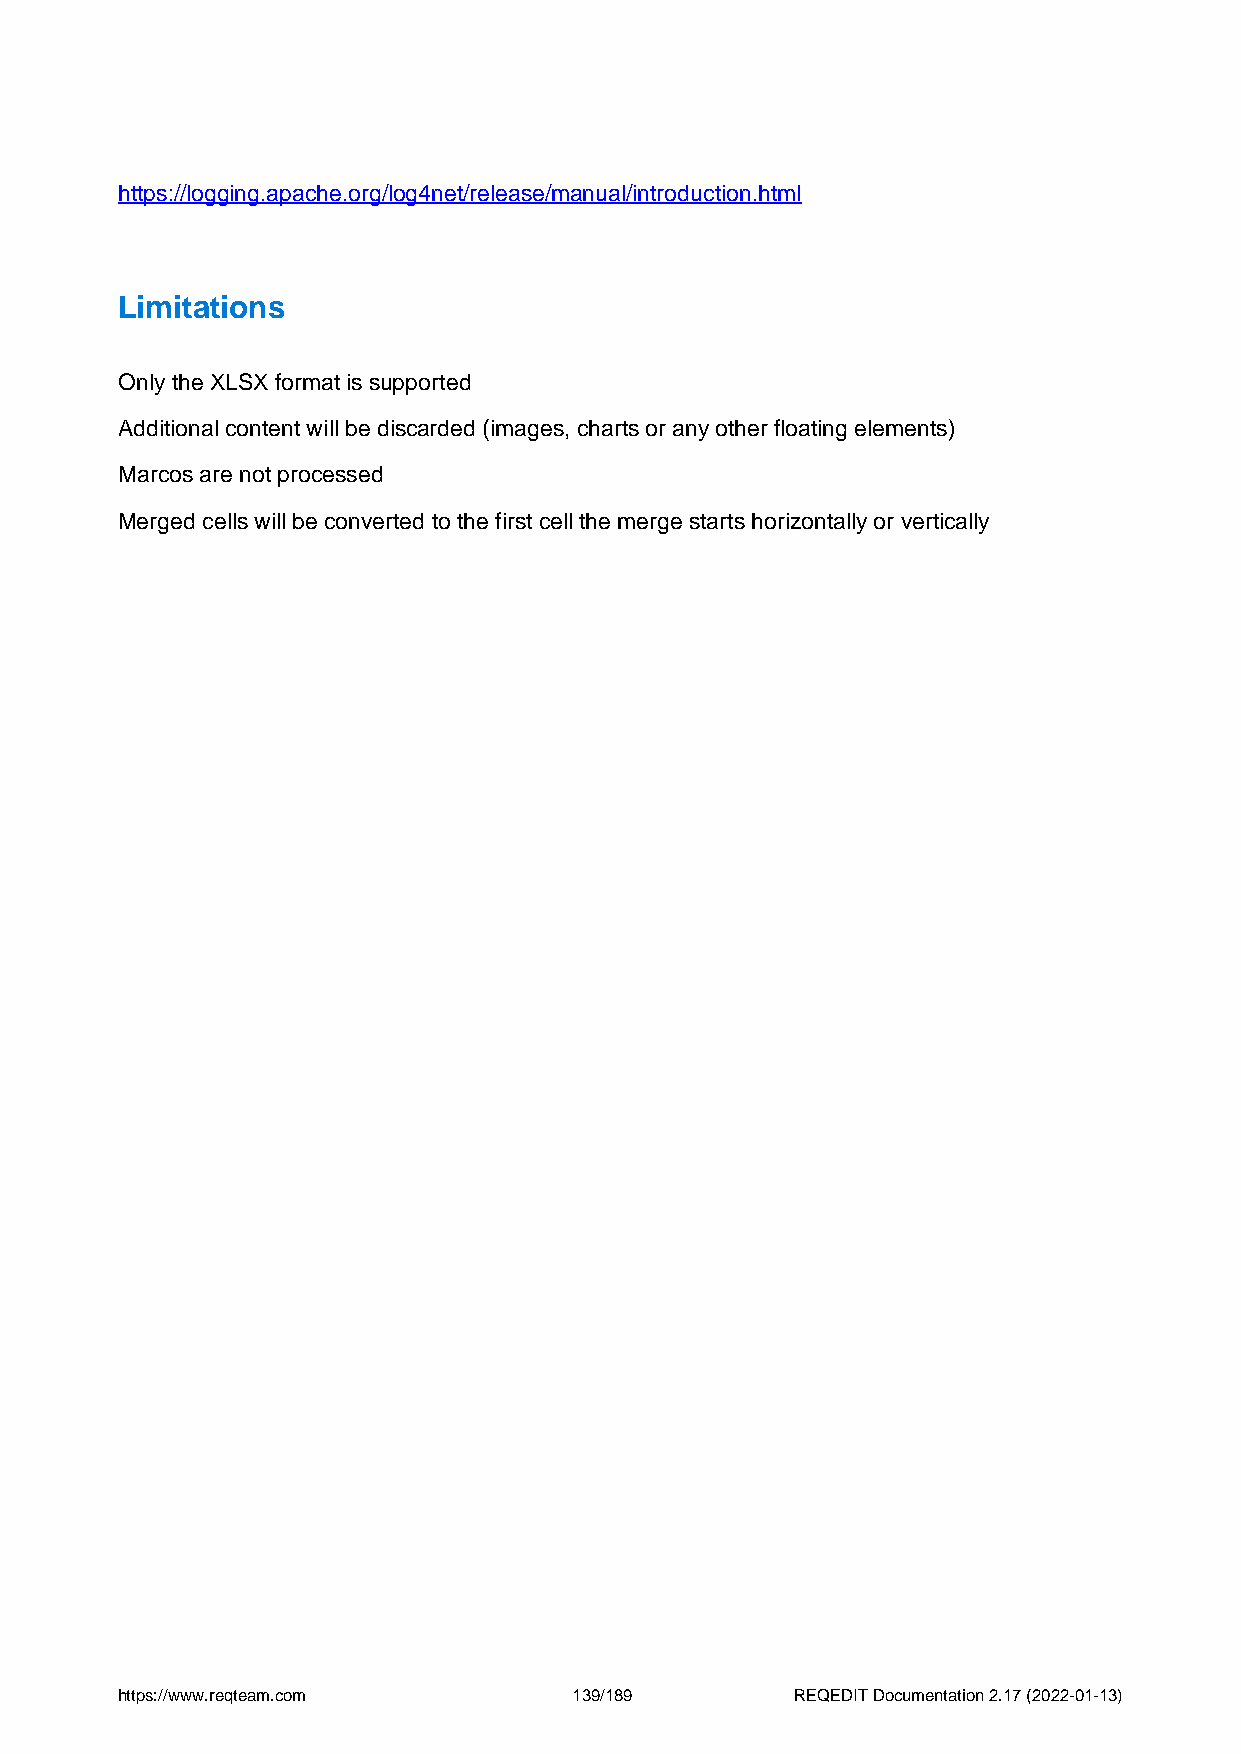
https://logging.apache.org/log4net/release/manual/introduction.html
 Limitations
 Only the XLSX format is supported
 Additional content will be discarded (images, charts or any other floating elements)
 Marcos are not processed
 Merged cells will be converted to the first cell the merge starts horizontally or vertically
 https://www.reqteam.com       139/189        REQEDIT Documentation 2.17 (2022-01-13)